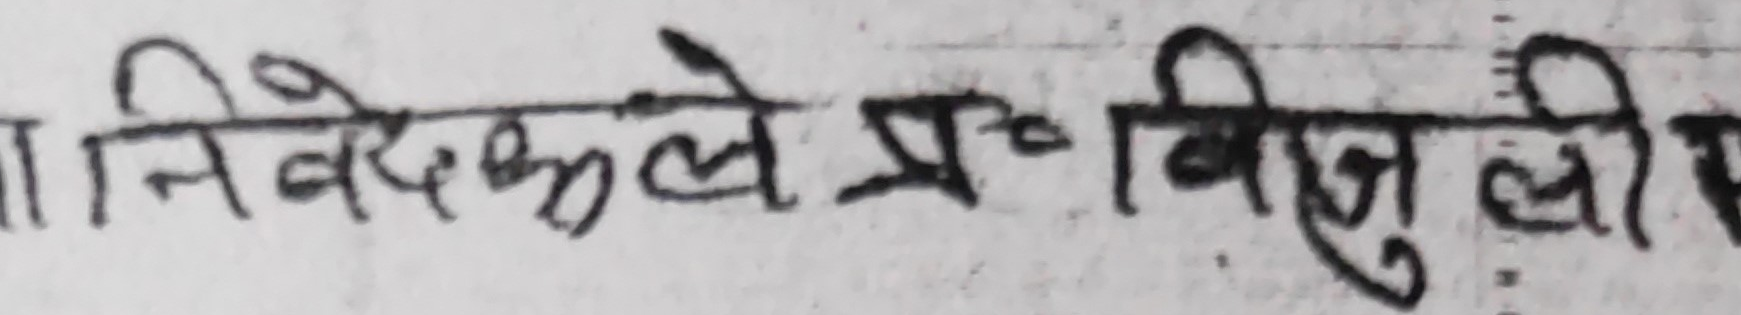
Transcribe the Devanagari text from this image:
| निवेदकले प्रविजली